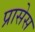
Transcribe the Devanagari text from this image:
प्रासेस